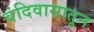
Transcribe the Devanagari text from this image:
बंदिवासातून